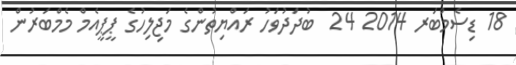
18 ޑިސެމްބަރ 2014 24  ބުދަދުވަހު ރައްޔިތުންގެ މަޖިލިހުގެ ޕީޕީއެމް މެމްބަރުން